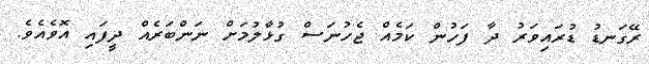
ރޭގަނޑު ޑުރައިވަރު ދާ ފަހުން ކަމެއް ޖެހުނަސް ގުޅާލުމަށް ނަންބަރެއް ދީފައި އޮވެއެވެ.